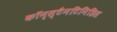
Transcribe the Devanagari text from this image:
कॉन्स्टैनटिनिडिस